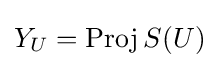
Y_{U}=\operatorname {Proj} S(U)